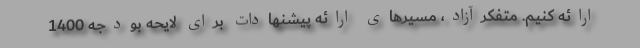
ارائه کنیم. متفکرآزاد، مسیرهای ارائه پیشنهادات برای لایحه بودجه 1400